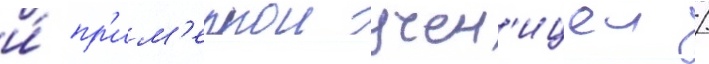
и́ пр'им'ернои учен'ицеи /